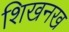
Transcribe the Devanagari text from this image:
शिखनख